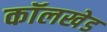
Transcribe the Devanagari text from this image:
कॉलखेड